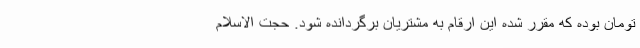
تومان بوده که مقرر شده این ارقام به مشتریان برگردانده شود. حجت الاسلام